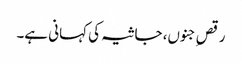
رقصِ جنوں، جاثیہ کی کہانی ہے۔